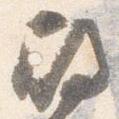
殿